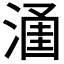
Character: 𱨢